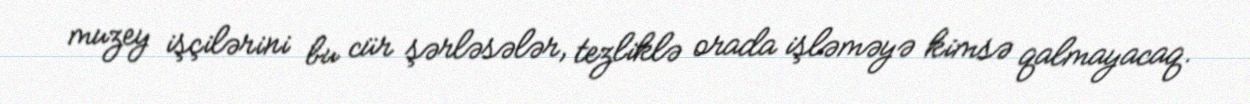
muzey işçilərini bu cür şərləsələr, tezliklə orada işləməyə kimsə qalmayacaq.